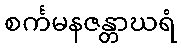
စင်္ကမနဇန္တာဃရံ